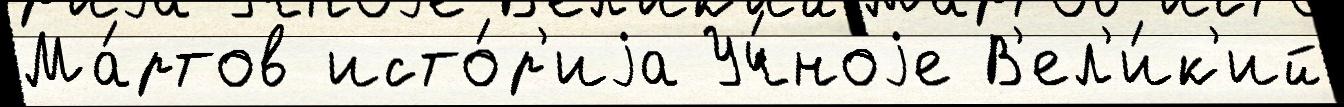
Ма́ртов исто́р'иjа Уч́ноjе В'ел'и́к'ий